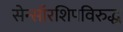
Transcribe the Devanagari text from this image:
सेन्सॉरशिपविरुद्ध